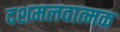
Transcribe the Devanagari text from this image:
दशमलवात्मक